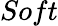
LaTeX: Soft